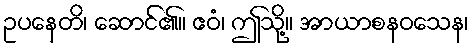
ဥပနေတိ၊ ဆောင်၏။ ဧဝံ၊ ဤသို့။ အာယာစနဝသေန၊